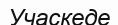
Учаскеде